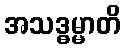
အသဒ္ဓမ္မာတိ